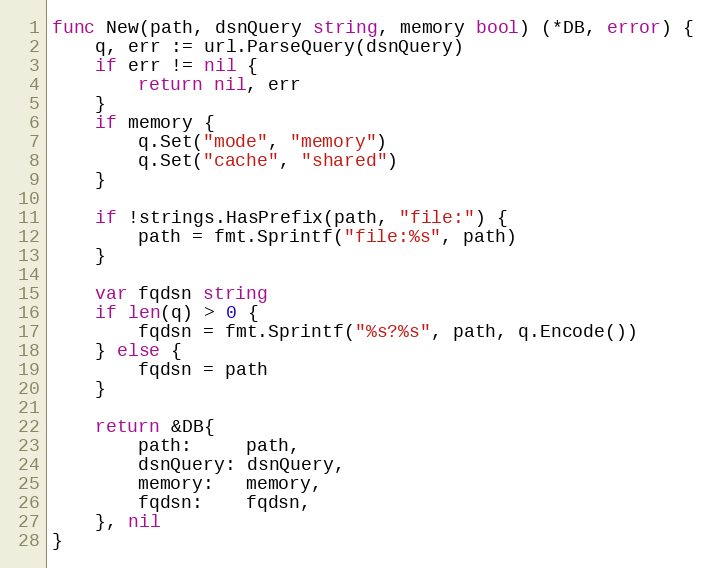
Language: Go
func New(path, dsnQuery string, memory bool) (*DB, error) {
	q, err := url.ParseQuery(dsnQuery)
	if err != nil {
		return nil, err
	}
	if memory {
		q.Set("mode", "memory")
		q.Set("cache", "shared")
	}

	if !strings.HasPrefix(path, "file:") {
		path = fmt.Sprintf("file:%s", path)
	}

	var fqdsn string
	if len(q) > 0 {
		fqdsn = fmt.Sprintf("%s?%s", path, q.Encode())
	} else {
		fqdsn = path
	}

	return &DB{
		path:     path,
		dsnQuery: dsnQuery,
		memory:   memory,
		fqdsn:    fqdsn,
	}, nil
}